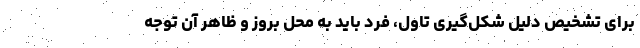
برای تشخیص دلیل شکل‌گیری تاول، فرد باید به محل بروز و ظاهر آن توجه